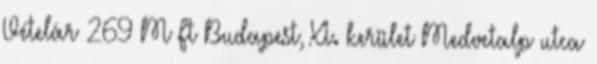
Vételár 269 M Ft Budapest, XI. kerület Medvetalp utca